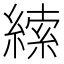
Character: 䌇